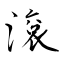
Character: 滾